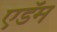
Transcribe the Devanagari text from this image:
एडॅम